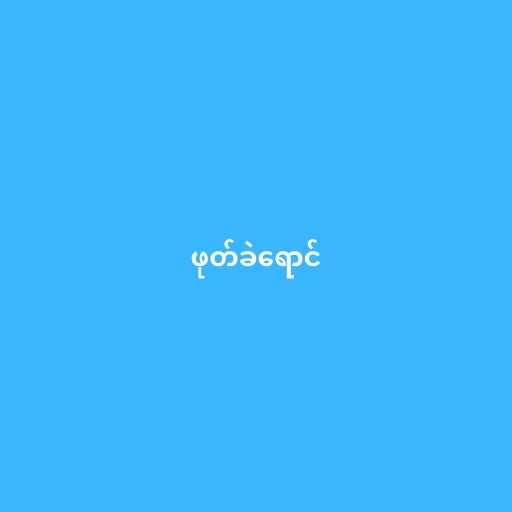
ဖုတ်ခဲရောင်